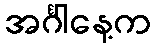
အင်္ဂါနေ့က